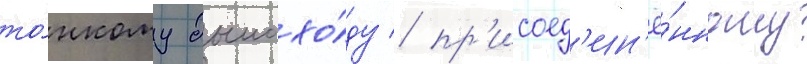
то́нкому дымохо́ду / пр'исоед'ин'ё́нному